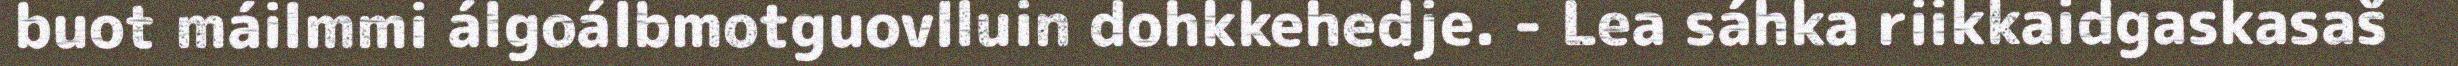
buot máilmmi álgoálbmotguovlluin dohkkehedje. - Lea sáhka riikkaidgaskasaš